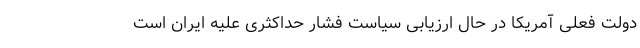
دولت فعلی آمریکا در حال ارزیابی سیاست فشار حداکثری علیه ایران است